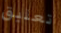
تعليق